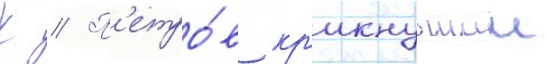
К // П'етро́в кр'икнувшии